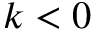
k < 0